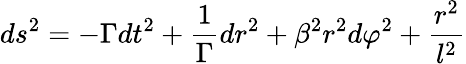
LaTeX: ds^{2}=-\Gamma dt^{2}+\frac 1\Gamma dr^{2}+\beta^{2}r^{2}d\varphi^{2}+\frac{r^{2}}{l^{2}}